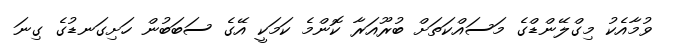
ވުމާއެކު މިގްލޭންޑްގެ މަސައްކަތަށް ބުރޫއަރާ ކޮންމެ ކަމަކީ އޭގެ ސަބަބުން ހަށިގަނޑުގެ ގިނަ